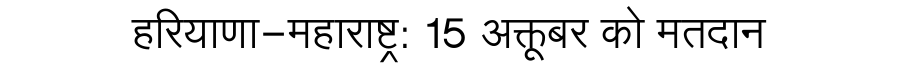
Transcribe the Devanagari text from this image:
हरियाणा-महाराष्ट्र: 15 अक्तूबर को मतदान